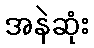
အနဲဆုံး